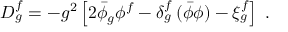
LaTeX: D _ { g } ^ { f } = - g ^ { 2 } \left[ 2 \bar { \phi } _ { g } \phi ^ { f } - \delta _ { g } ^ { f } \, ( \bar { \phi } \phi ) - \xi _ { g } ^ { f } \right] \; .